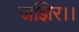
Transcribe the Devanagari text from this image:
जज्ञिर।।